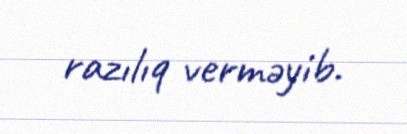
razılıq verməyib.